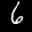
Label: 6